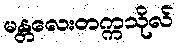
မန္တလေးတက္ကသိုလ်